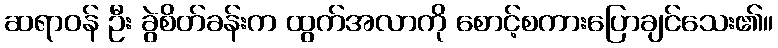
ဆရာဝန် ဦး ခွဲစိတ်ခန်းက ထွက်အလာကို စောင့်စကားပြောချင်သေး၏။